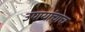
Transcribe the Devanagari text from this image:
उपायांचाच